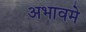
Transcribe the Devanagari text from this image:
अभावमे